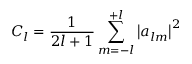
C _ { l } = \frac { 1 } { 2 l + 1 } \sum _ { m = - l } ^ { + l } \left| a _ { l m } \right| ^ { 2 }